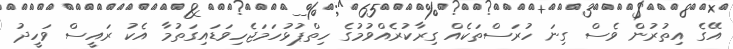
އޭގެ އިތުރުން ވެސް ގިނަ ހުރަސްތަކެއް ގިރާކުރެއްވުމުގެ ހިތްޕުޅުހަމަޖެހިވަޑައިގަތުމާ އެކު ރައީސް ވަހީދު